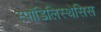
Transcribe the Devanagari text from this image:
स्पाँडिलिस्थेसिस